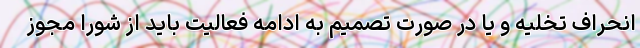
انحراف تخلیه و یا در صورت تصمیم به ادامه فعالیت باید از شورا مجوز